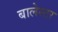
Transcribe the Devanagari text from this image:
बालेस्टर